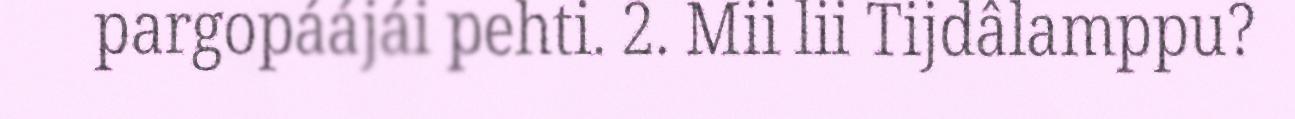
pargopáájái pehti. 2. Mii lii Tijdâlamppu?